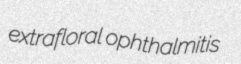
extrafloral ophthalmitis